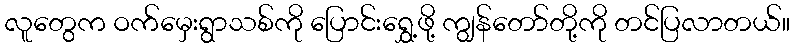
လူတွေက ဝက်မှေးရွာသစ်ကို ပြောင်းရွှေ့ဖို့ ကျွန်တော်တို့ကို တင်ပြလာတယ်။